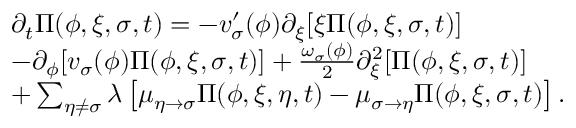
\begin{array} { r l } & { \partial _ { t } \Pi ( \phi , \xi , \sigma , t ) = - v _ { \sigma } ^ { \prime } ( \phi ) \partial _ { \xi } [ \xi \Pi ( \phi , \xi , \sigma , t ) ] } \\ & { - \partial _ { \phi } [ v _ { \sigma } ( \phi ) \Pi ( \phi , \xi , \sigma , t ) ] + \frac { \omega _ { \sigma } ( \phi ) } { 2 } \partial _ { \xi } ^ { 2 } [ \Pi ( \phi , \xi , \sigma , t ) ] } \\ & { + \sum _ { \eta \neq \sigma } \lambda \left[ \mu _ { \eta \rightarrow \sigma } \Pi ( \phi , \xi , \eta , t ) - \mu _ { \sigma \rightarrow \eta } \Pi ( \phi , \xi , \sigma , t ) \right] . } \end{array}